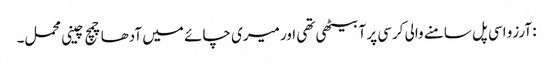
: آرزو اسی پل سامنے والی کرسی پر آ بیٹھی تھی اور میری چائے میں آدھا چمچ چینی محمل۔